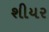
શીયર